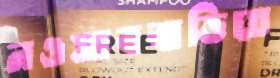
নওয়াববাড়িতে